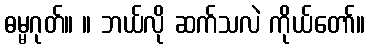
ဓမ္မဂုတ်။ ။ ဘယ်လို ဆက်သလဲ ကိုယ်တော်။